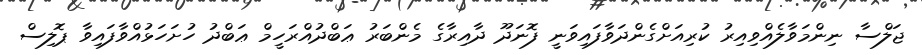
ޖަލްސާ ނިންމަވާލެއްވިއިރު ކުރިއަށްގެންދަވާފައިވަނީ ފޮނަދޫ ދާއިރާގެ މެންބަރު ޢަބްދުއްރަހީމް ޢަބްދު ހުށަހަޅުއްވާފައިވާ ޕޮލިސް